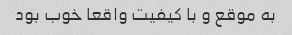
به موقع و با کیفیت واقعا خوب بود